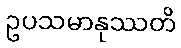
ဥပသမာနုဿတိ